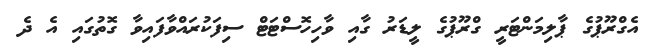
އެގްރޫޕުގެ ޕާލިމަންޓަރީ ގްރޫޕުގެ ލީޑަރު ގާއި ވާހިހޮސްޓަޓް ސިފަކުރައްވާފައިވާ ގޮތުގައި އެ ދެ